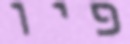
פיו